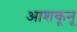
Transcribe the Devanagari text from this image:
आशकूनू